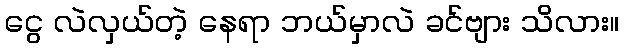
ငွေ လဲလှယ်တဲ့ နေရာ ဘယ်မှာလဲ ခင်ဗျား သိလား။